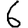
Digit: 6